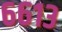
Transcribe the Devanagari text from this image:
६६१३